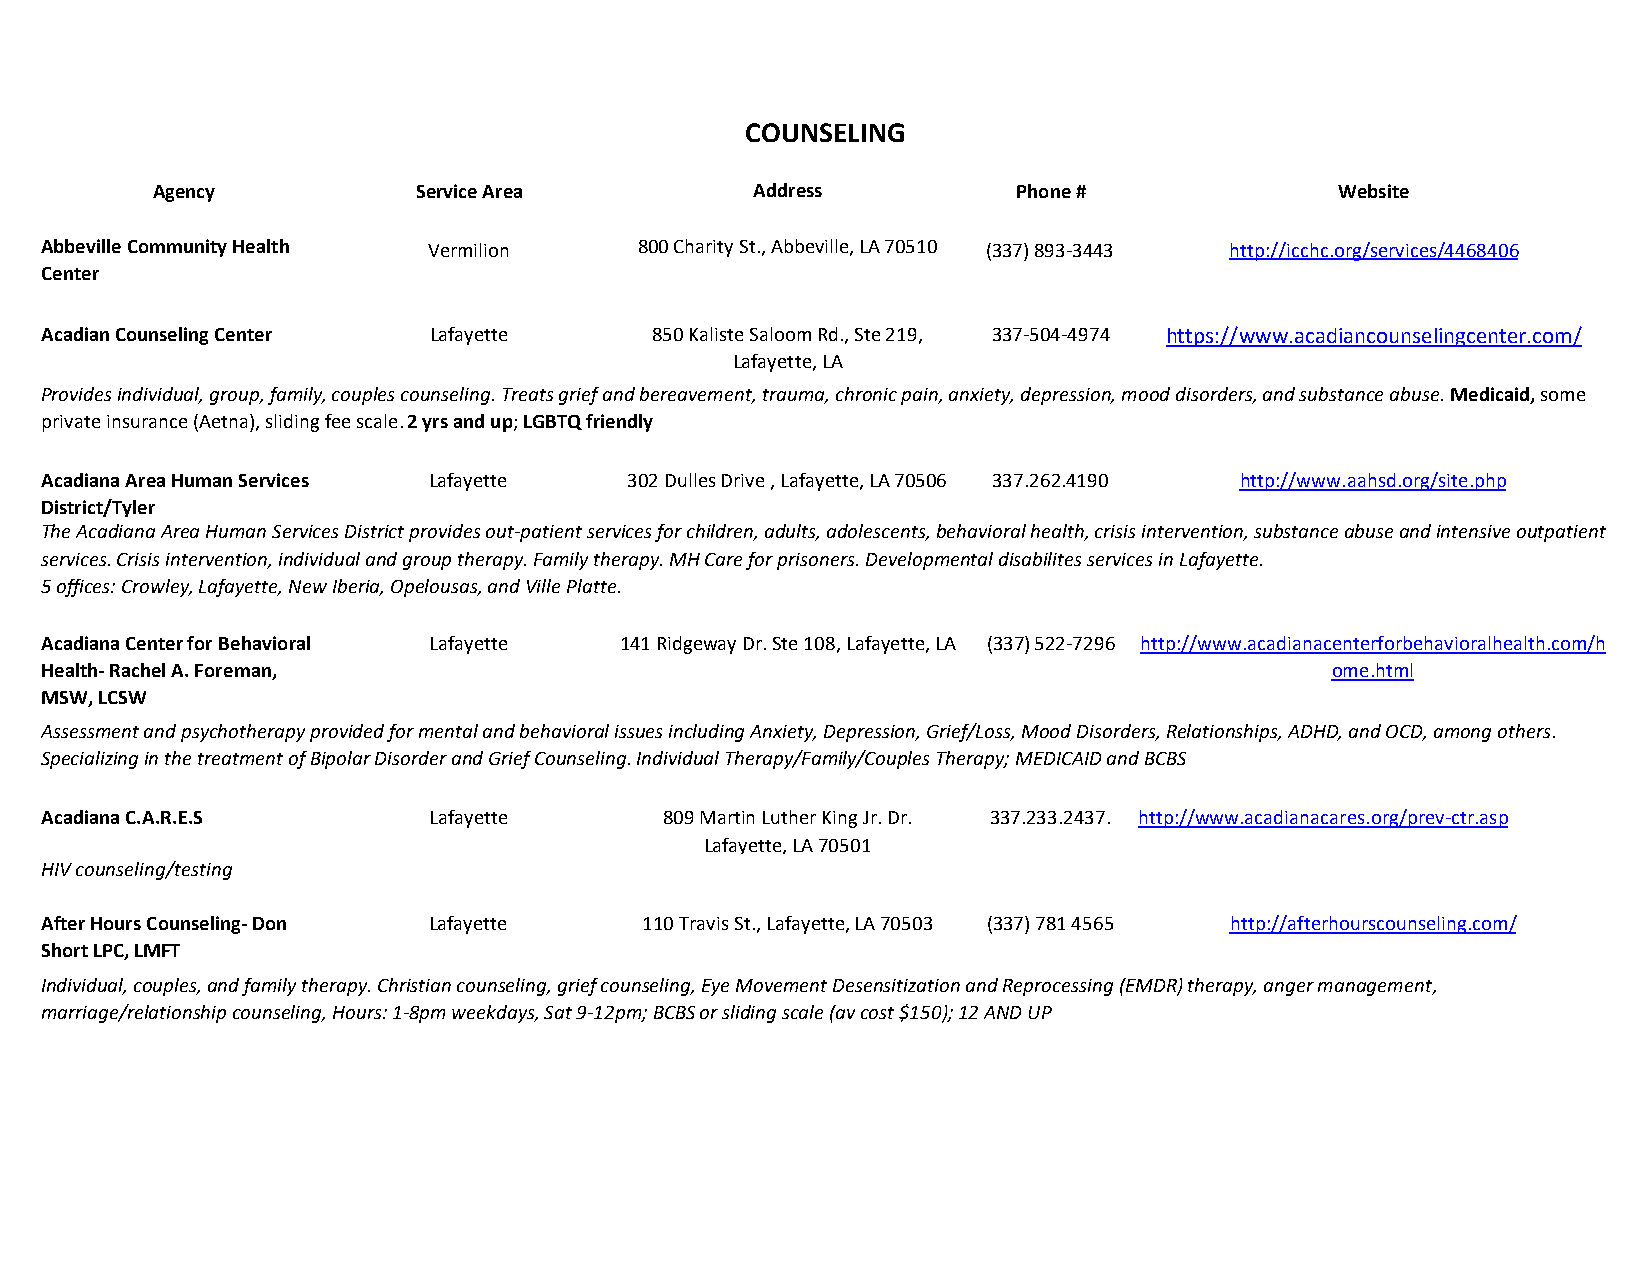
COUNSELING
 Agency            Service Area          Address          Phone #               Website
 Abbeville Community Health Vermilion   800 Charity St., Abbeville, LA 70510 (337) 893-3443 http://icchc.org/services/4468406
 Center
 Acadian Counseling Center Lafayette     850 Kaliste Saloom Rd., Ste 219, 337-504-4974 https://www.acadiancounselingcenter.com/
 Lafayette, LA
 Provides individual, group, family, couples counseling. Treats grief and bereavement, trauma, chronic pain, anxiety, depression, mood disorders, and substance abuse. Medicaid, some
 private insurance (Aetna), sliding fee scale. 2 yrs and up; LGBTQ friendly
 Acadiana Area Human Services Lafayette 302 Dulles Drive , Lafayette, LA 70506 337.262.4190 http://www.aahsd.org/site.php
 District/Tyler
 The Acadiana Area Human Services District provides out-patient services for children, adults, adolescents, behavioral health, crisis intervention, substance abuse and intensive outpatient
 services. Crisis intervention, individual and group therapy. Family therapy. MH Care for prisoners. Developmental disabilites services in Lafayette.
 5 offices: Crowley, Lafayette, New Iberia, Opelousas, and Ville Platte.
 Acadiana Center for Behavioral Lafayette 141 Ridgeway Dr. Ste 108, Lafayette, LA (337) 522-7296 http://www.acadianacenterforbehavioralhealth.com/h
 Health- Rachel A. Foreman,                                                           ome.html
 MSW, LCSW
 Assessment and psychotherapy provided for mental and behavioral issues including Anxiety, Depression, Grief/Loss, Mood Disorders, Relationships, ADHD, and OCD, among others.
 Specializing in the treatment of Bipolar Disorder and Grief Counseling. Individual Therapy/Family/Couples Therapy; MEDICAID and BCBS
 Acadiana C.A.R.E.S       Lafayette       809 Martin Luther King Jr. Dr. 337.233.2437. http://www.acadianacares.org/prev-ctr.asp
 Lafayette, LA 70501
 HIV counseling/testing
 After Hours Counseling- Don Lafayette   110 Travis St., Lafayette, LA 70503 (337) 781 4565 http://afterhourscounseling.com/
 Short LPC, LMFT
 Individual, couples, and family therapy. Christian counseling, grief counseling, Eye Movement Desensitization and Reprocessing (EMDR) therapy, anger management,
 marriage/relationship counseling, Hours: 1-8pm weekdays, Sat 9-12pm; BCBS or sliding scale (av cost $150); 12 AND UP